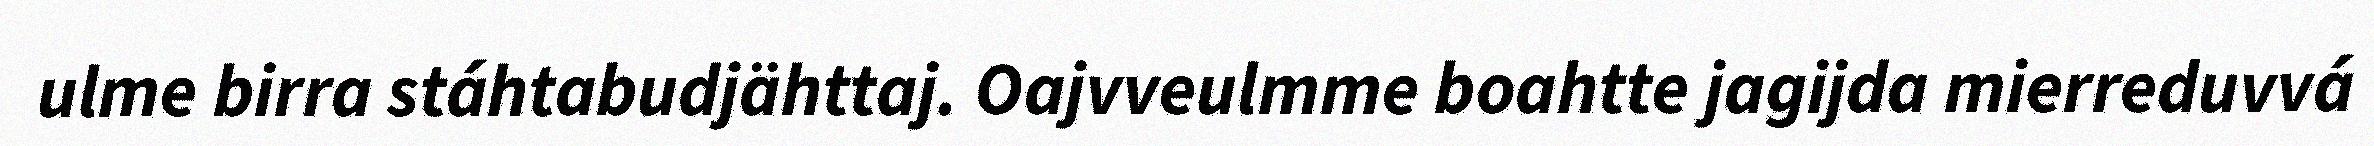
ulme birra stáhtabudjähttaj. Oajvveulmme boahtte jagijda mierreduvvá